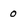
Character: 0